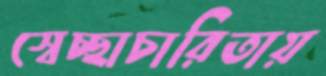
স্বেচ্ছাচারিতায়